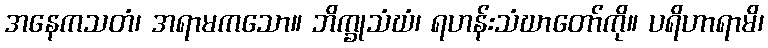
အနေကသတံ၊ အရာမကသော။ ဘိက္ခုသံဃံ၊ ရဟန်းသံဃာတော်ကို။ ပရိဟာရာမိ၊